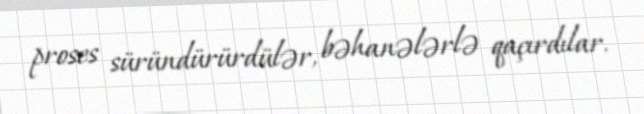
proses süründürürdülər, bəhanələrlə qaçırdılar.